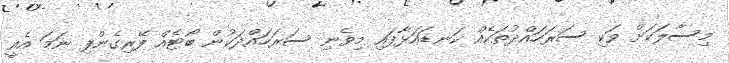
މިސާލަކަށް ވަކި ސަރަހައްދުތަކެއް ކަނޑައަޅާފައި މިވެނި ސަރަހައްދަކުން ބޯޓެއް ފޭރިގެންފި ނަމަ އެއީ